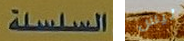
السلسلة ليس